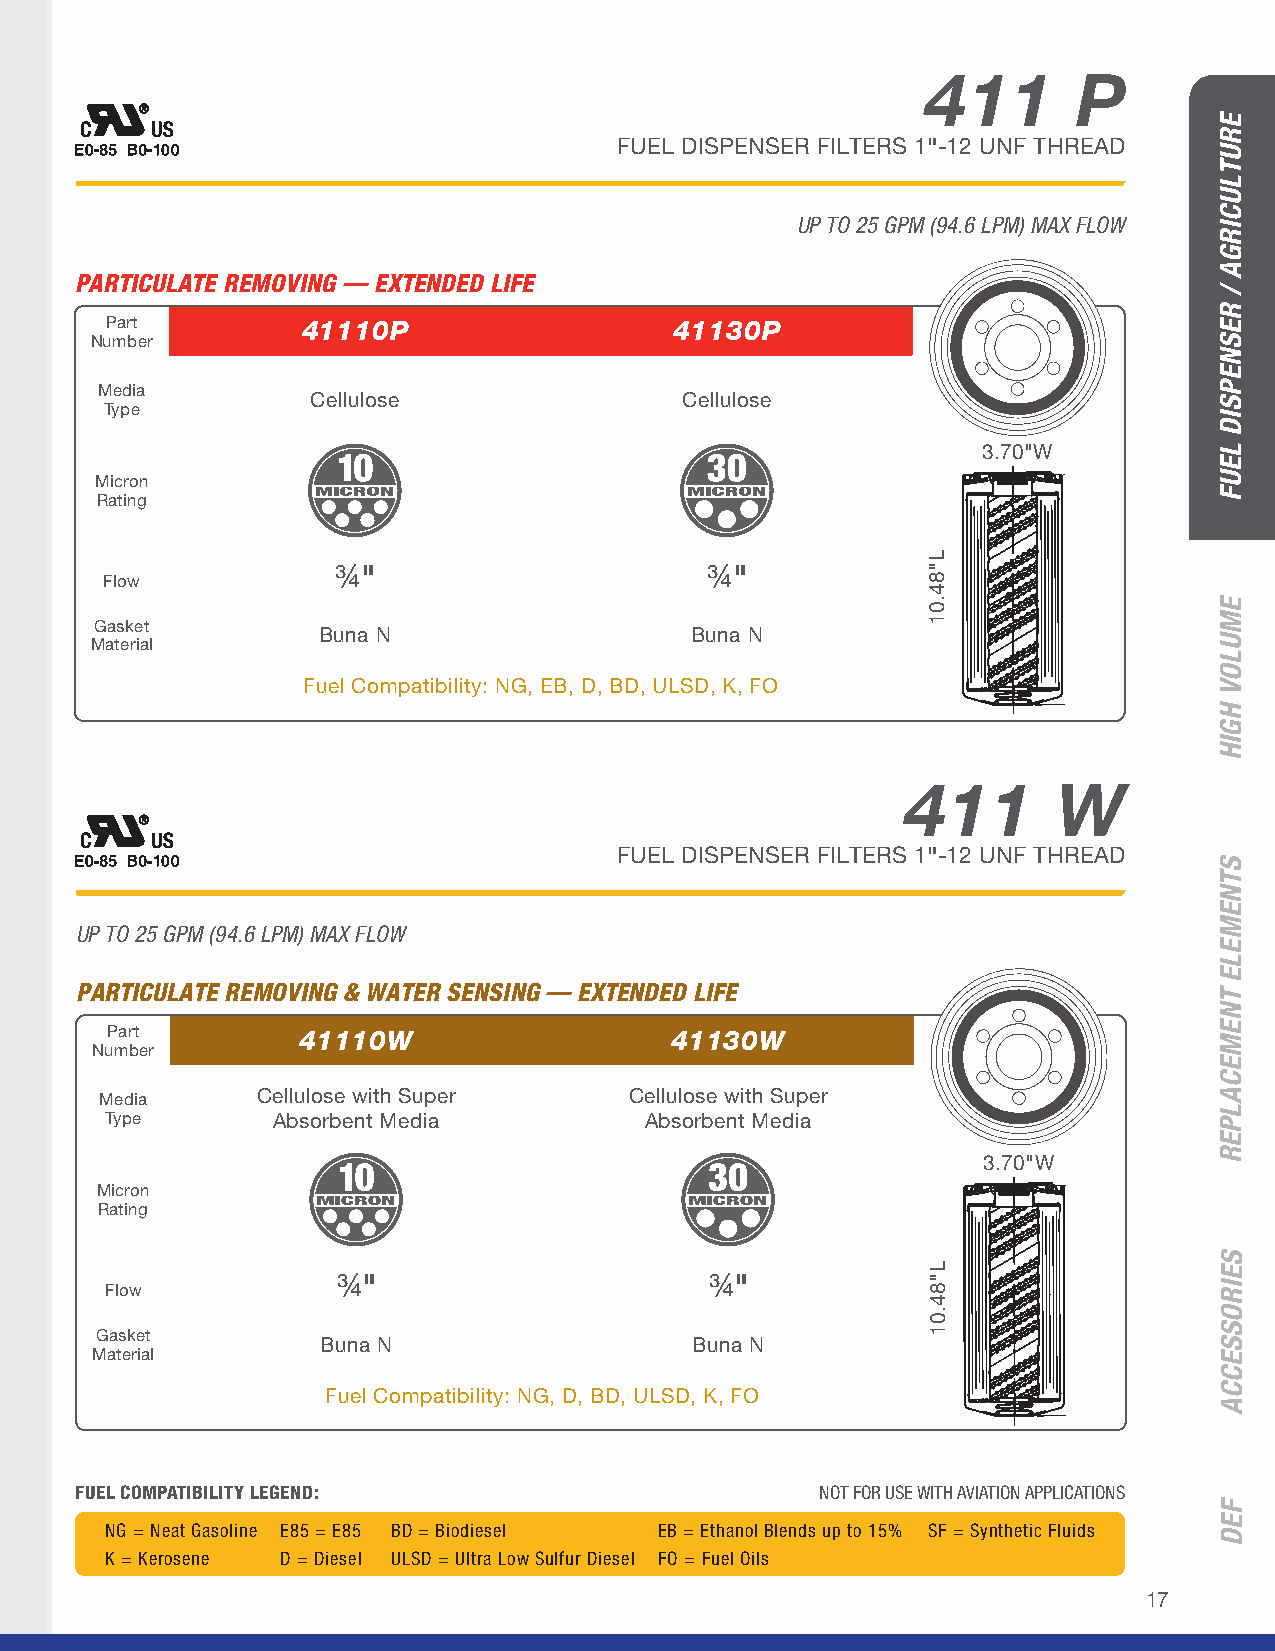
411       P
 FUEL DISPENSER FILTERS 1"-12 UNF THREAD
 UP TO 25 GPM (94.6 LPM) MAX FLOW
 PARTICULATE REMOVING — EXTENDED LIFE
 Part         41110P                   41130P
 Number
 Media
 Cellulose               Cellulose
 Type
 3.70"W
 Micron
 Rating
 ¾"                       ¾"
 Flow
 3.70
 Gasket
 Buna N                   Buna N
 Material
 Fuel Compatibility: NG, EB, D, BD, ULSD, K, FO
 411       W
 FUEL DISPENSER FILTERS 1"-12 UNF THREAD
 UP TO 25 GPM (94.6 LPM) MAX FLOW
 PARTICULATE REMOVING & WATER SENSING — EXTENDED LIFE
 Part         41110W                  41130W
 Number
 Media     Cellulose with Super     Cellulose with Super
 Type       Absorbent Media          Absorbent Media
 3.70"W
 Micron
 Rating
 ¾"                       ¾"
 Flow
 3.70
 Gasket
 Buna N                   Buna N
 Material
 Fuel Compatibility: NG, D, BD, ULSD, K, FO
 FUEL COMPATIBILITY LEGEND:                       NOT FOR USE WITH AVIATION APPLICATIONS
 NG = Neat Gasoline E85 = E85 BD = Biodiesel EB = Ethanol Blends up to 15% SF = Synthetic Fluids
 K = Kerosene D = Diesel ULSD = Ultra Low Sulfur Diesel FO = Fuel Oils
 17
 L"84.01
 L"84.01
 ERUTLUCIRGA
 /
 RESNEPSID
 LEUF
 EMULOV
 HGIH
 STNEMELE
 TNEMECALPER
 SEIROSSECCA
 FED